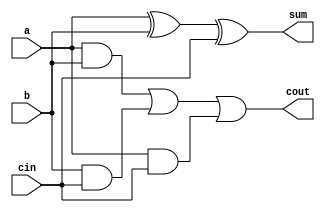
module df_full_adder(a,b,cin,sum,cout);

input a,b,cin;
output sum,cout;

assign sum = a ^ b ^ cin;
assign cout = (a & b) | (b & cin) | (a & cin);

endmodule